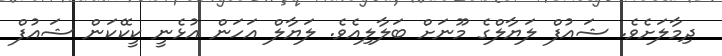
ދިމާލަށެވެ. ޝައުފް ލަޔާލްގެ މޫނަށް ބަލާލިއެވެ. ލަޔާލް އަހަން އުޅެނީ ކީކޭކަން ޝައުފް